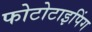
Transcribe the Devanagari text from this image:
फोटोटाइपिंग